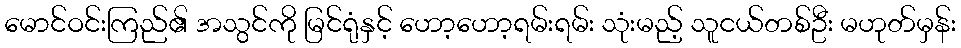
မောင်ဝင်းကြည်၏ အသွင်ကို မြင်ရုံနှင့် ဟော့ဟော့ရမ်းရမ်း သုံးမည့် သူငယ်တစ်ဦး မဟုတ်မှန်း